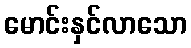
မောင်းနှင်လာသော